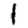
Digit: 1